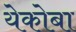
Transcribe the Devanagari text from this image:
येकोबा